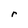
Character: r